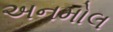
અનમોલ